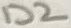
Text: D2